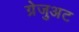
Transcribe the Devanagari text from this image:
ग्रेजुअट